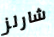
شارلز